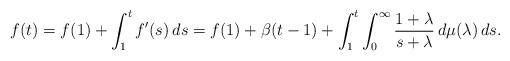
LaTeX: \begin{align*}f(t)=f(1)+\int_1^t f'(s)\,ds=f(1)+\beta(t-1)+\int_1^t\int_0^\infty \frac{1+\lambda}{s+\lambda}\,d\mu(\lambda)\,ds.\end{align*}